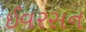
ઈવરસન